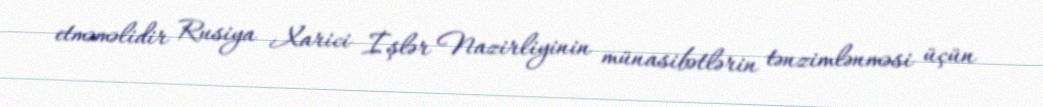
etməməlidir Rusiya Xarici İşlər Nazirliyinin münasibətlərin tənzimlənməsi üçün